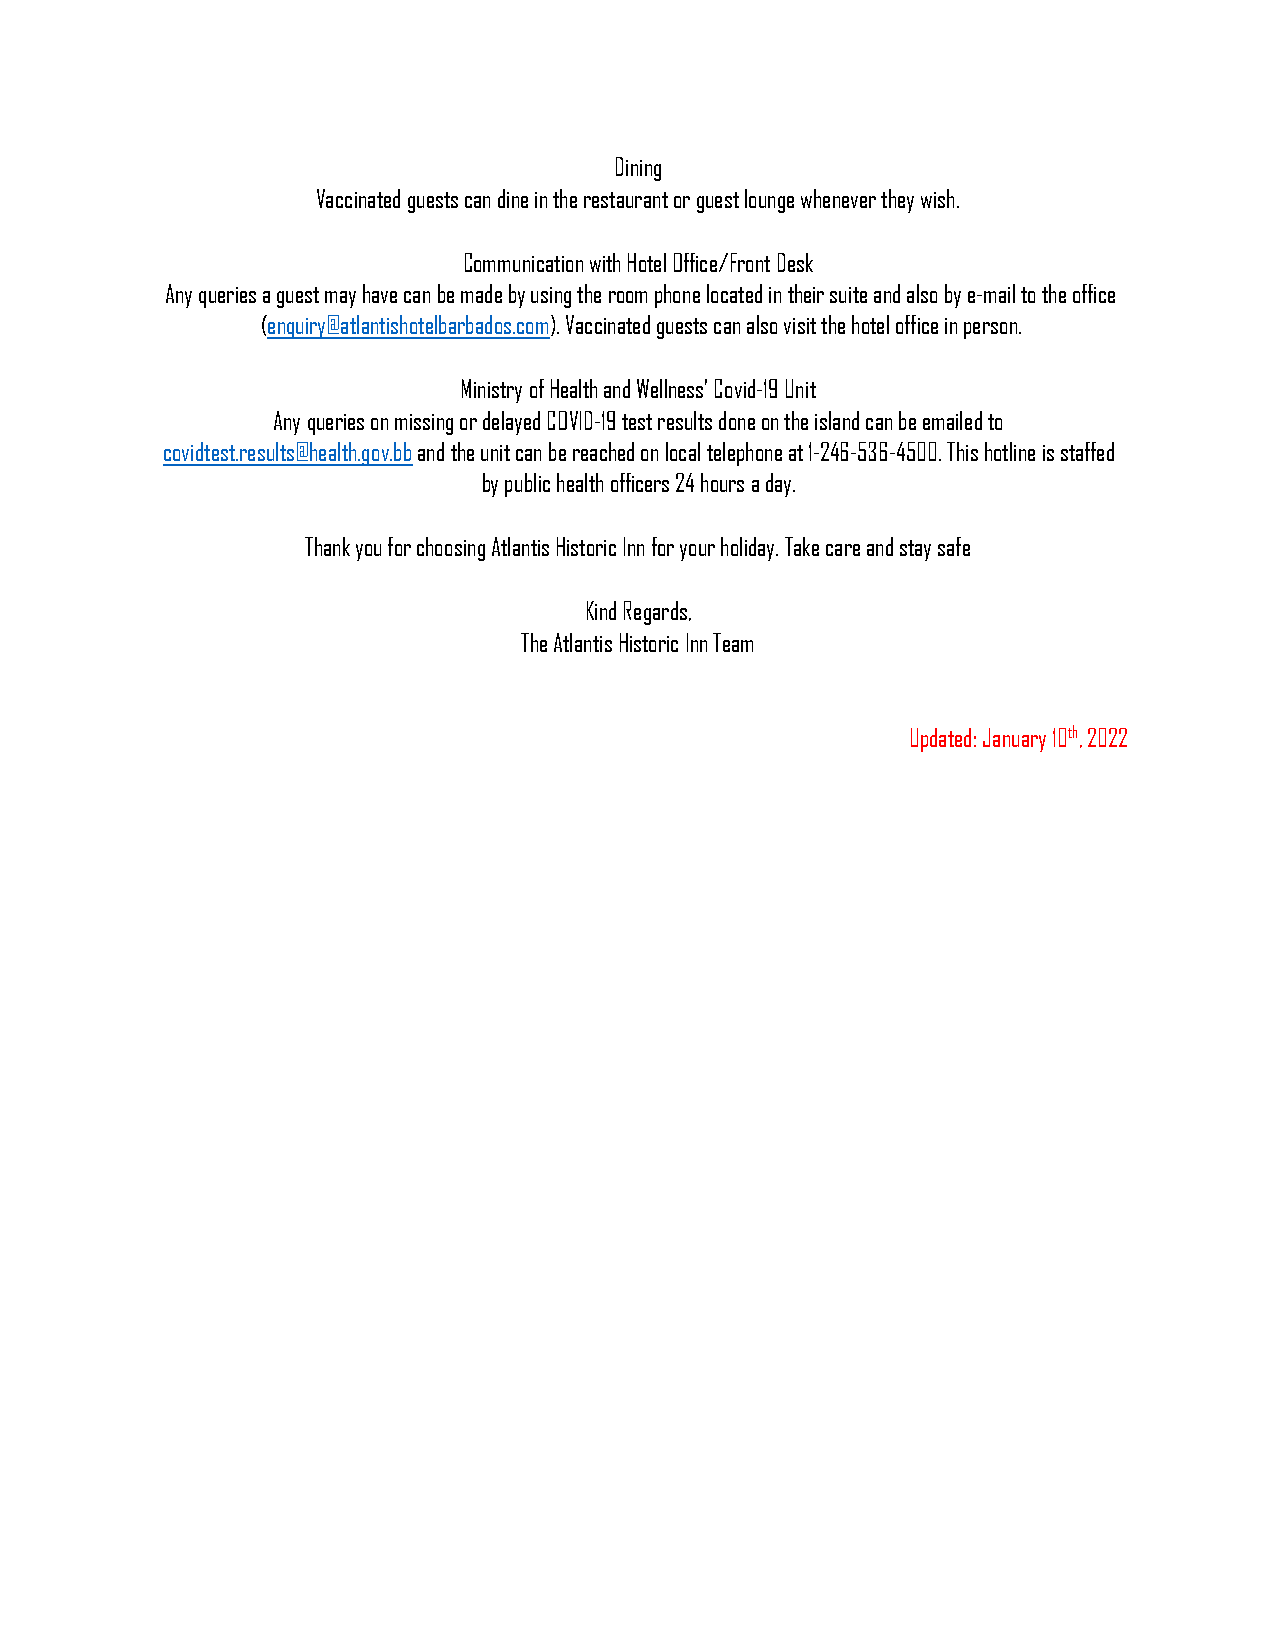
Dining
 Vaccinated guests can dine in the restaurant or guest lounge whenever they wish.
 Communication with Hotel Office/Front Desk
 Any queries a guest may have can be made by using the room phone located in their suite and also by e-mail to the office
 (enquiry@atlantishotelbarbados.com). Vaccinated guests can also visit the hotel office in person.
 Ministry of Health and Wellness’ Covid-19 Unit
 Any queries on missing or delayed COVID-19 test results done on the island can be emailed to
 covidtest.results@health.gov.bb and the unit can be reached on local telephone at 1-246-536-4500. This hotline is staffed
 by public health officers 24 hours a day.
 Thank you for choosing Atlantis Historic Inn for your holiday. Take care and stay safe
 Kind Regards,
 The Atlantis Historic Inn Team
 Updated: January 10th, 2022